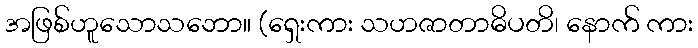
အဖြစ်ဟူသောသဘော။ (ရှေးကား သဟဇာတာဓိပတိ၊ နောက် ကား